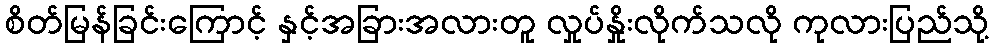
စိတ်မြန်ခြင်းကြောင့် နှင့်အခြားအလားတူ လှုပ်နှိုးလိုက်သလို ကုလားပြည်သို့